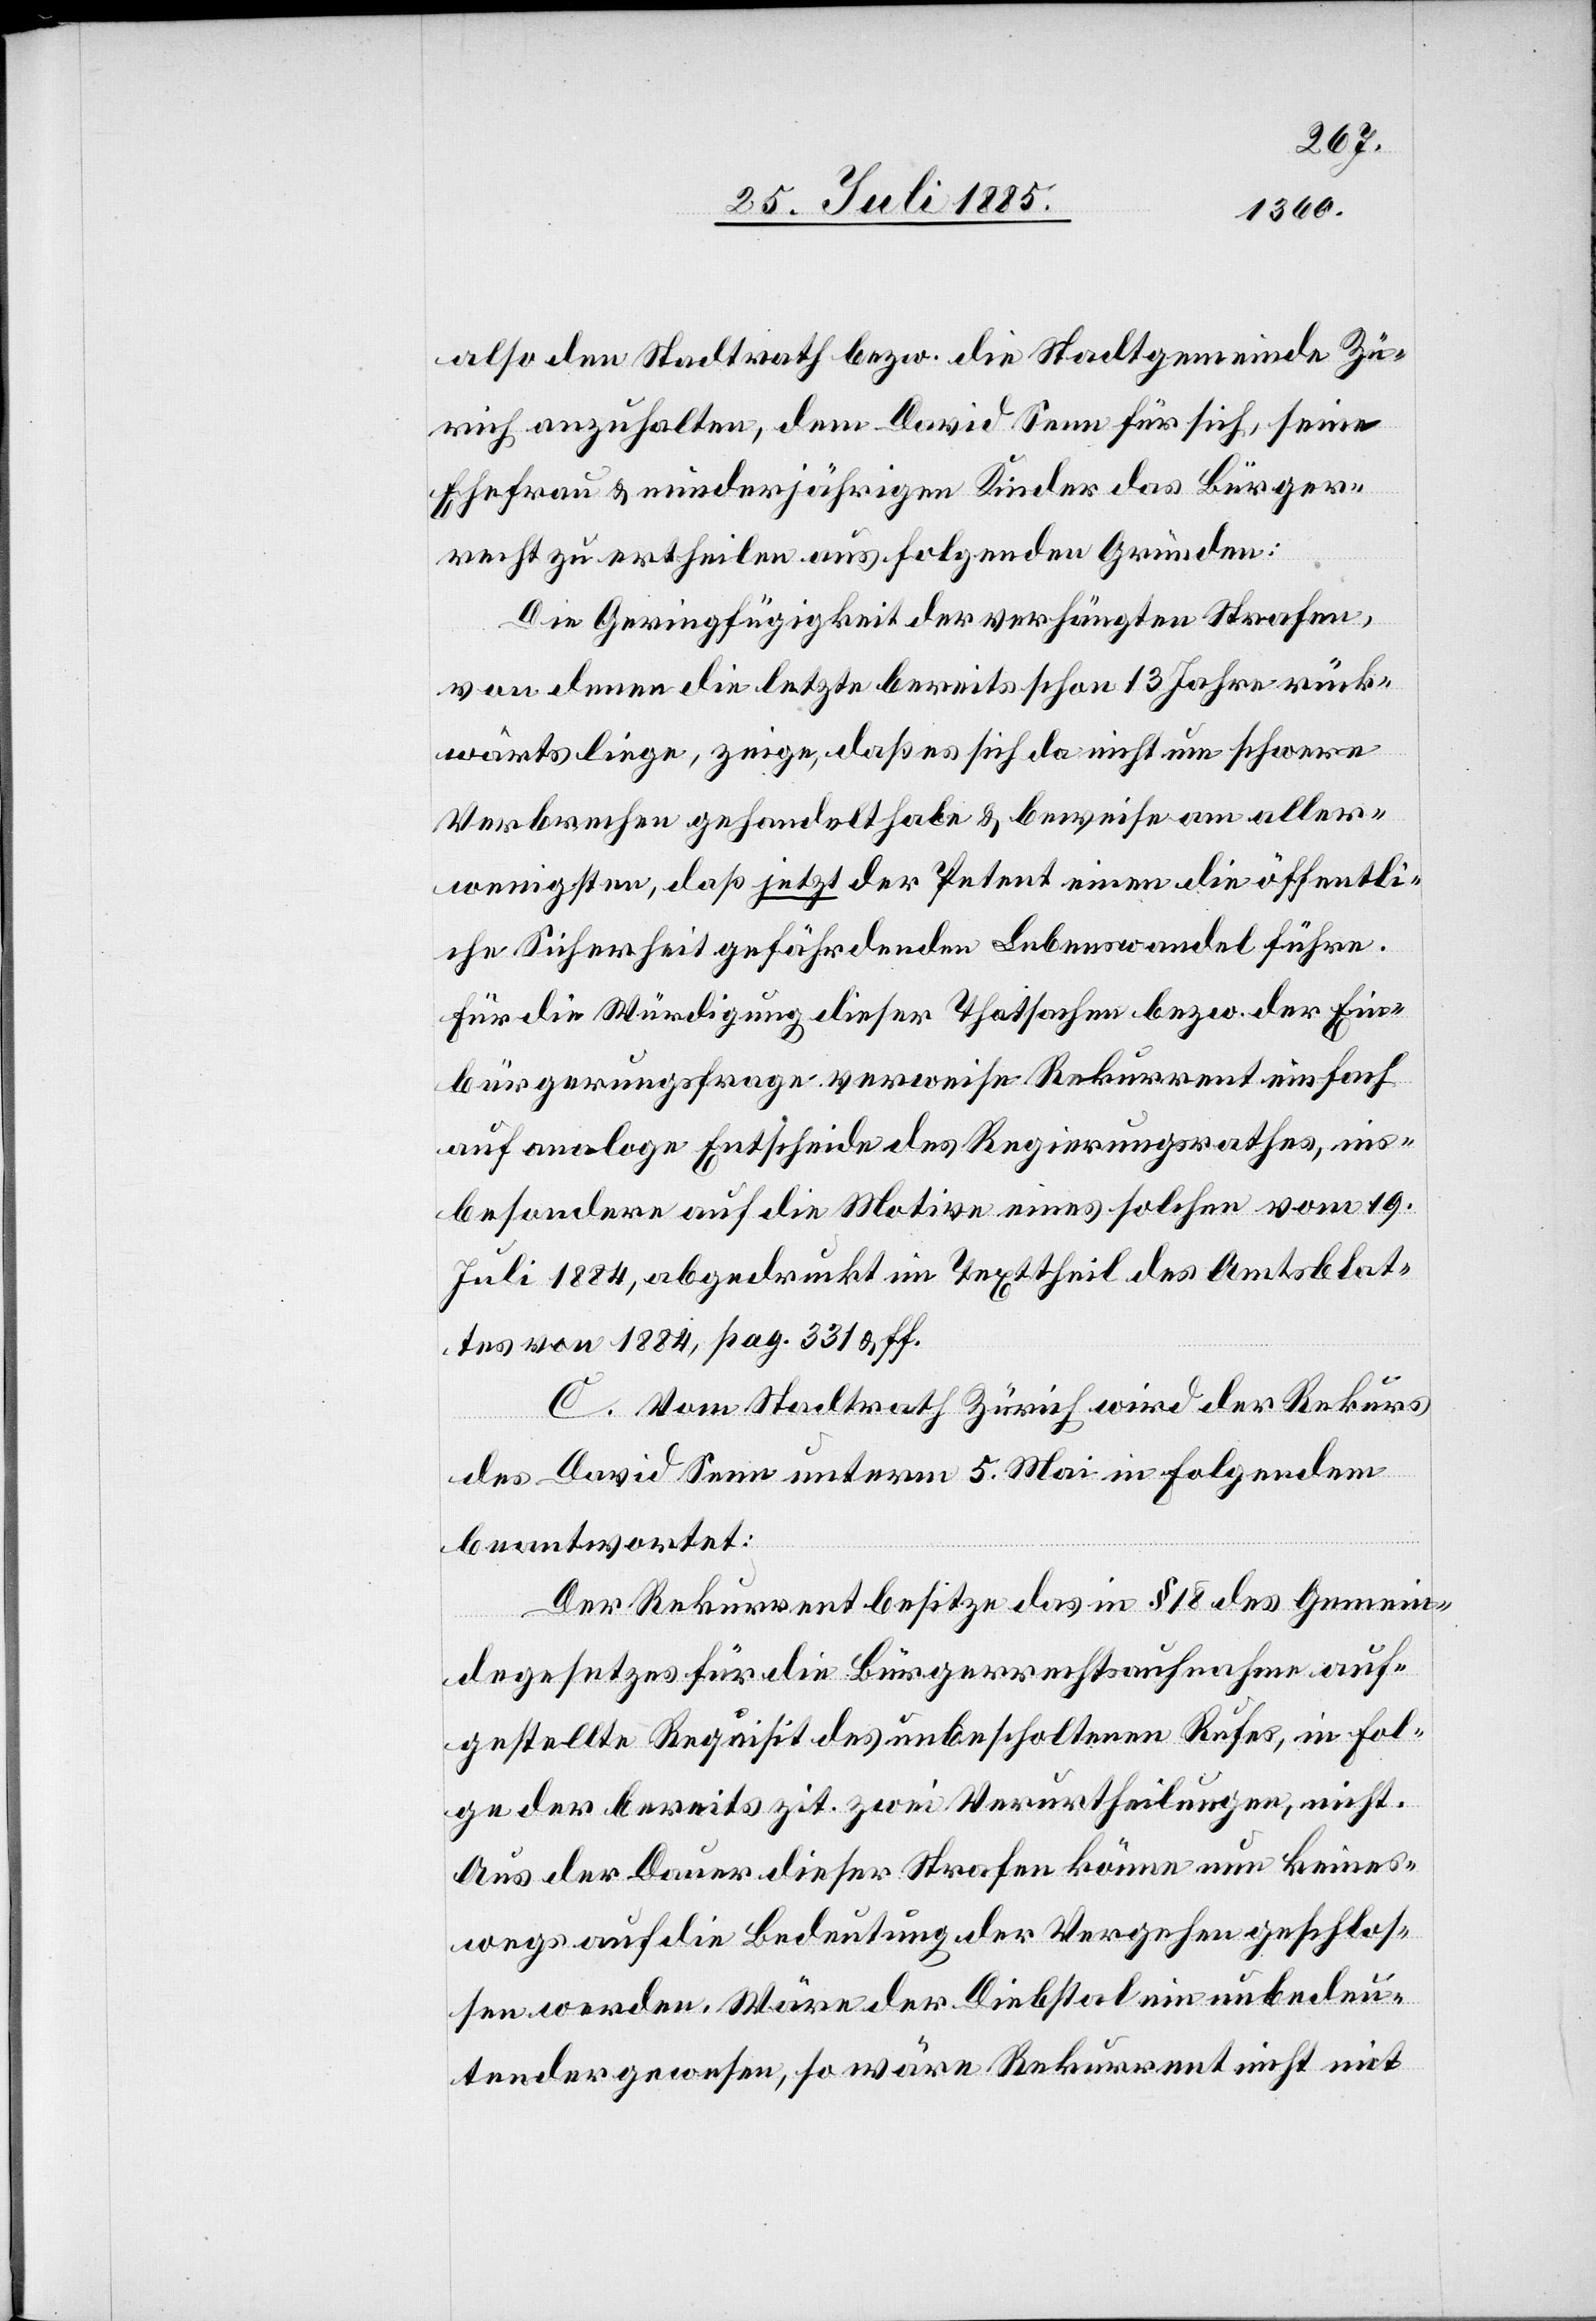
also den Stadtrath bezw. die Stadtgemeinde Zü¬
rich anzuhalten, dem David Senn für sich, sowie
Ehefrau & minderjährigen Kinder das Bürger¬
recht zu ertheilen aus folgenden Gründen:
Die Geringfügigkeit der verhängten Strafen,
von denen die letzte bereits schon 13 Jahre rück¬
wärts liege, zeige, daß es sich da nicht um schwere
Verbrechen gehandelt habe & beweise am aller¬
wenigsten, daß jetzt der Petent einen die öffentli¬
che Sicherheit gefährdenden Lebenswandel führe.
Für die Würdigung dieser Thatsachen bezw. der Ein¬
bürgerungsfrage verweise Rekurrent einfach
auf analoge Entscheide des Regierungsrathes, ins¬
besondere auf die Motive eines solchen vom 19.
Juli 1884, abgedruckt im Texttheil des Amtsblat¬
tes von 1884, pag. 331 & ff.
C. Vom Stadtrath Zürich wird der Rekurs
des David Senn unterm 5. Mai in Folgendem
beantwortet:
Der Rekurrent besitze das in § 18 des Gemein¬
degesetzes für die Bürgerrechtsaufnahme auf¬
gestellte Requisit des unbescholtenen Rufes, in Fol¬
ge der bereits zit. zwei Verurtheilungen, nicht.
Aus der Dauer dieser Strafen könne nun keines¬
wegs auf die Bedeutung der Vergehen geschlos¬
sen werden. Wäre der Diebstal ein unbedeu¬
tender gewesen, so wäre Rekurrent nicht mit